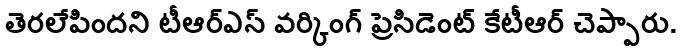
తెరలేపిందని టీఆర్ఎస్ వర్కింగ్ ప్రెసిడెంట్ కేటీఆర్ చెప్పారు.